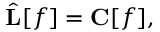
{ \hat { \mathbf { L } } } [ f ] = \mathbf { C } [ f ] ,